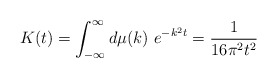
\begin{align*}K(t)=\int_{-\infty }^{\infty }d\mu (k)\,\,e^{-k^{2}t}=\frac{1}{16\pi^{2}t^{2}}\end{align*}